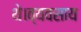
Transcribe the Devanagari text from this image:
थे।व्यवसाय